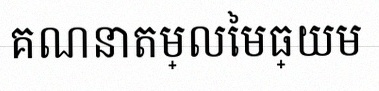
គណនាតម្លៃមធ្យម